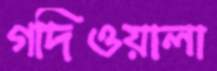
গদিওয়ালা